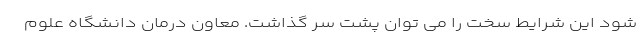
شود این شرایط سخت را می توان پشت سر گذاشت. معاون درمان دانشگاه علوم